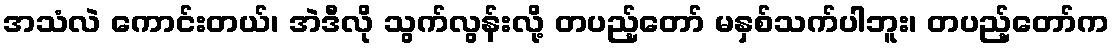
အသံလဲ ကောင်းတယ်၊ အဲဒီလို သွက်လွန်းလို့ တပည့်တော် မနှစ်သက်ပါဘူး၊ တပည့်တော်က